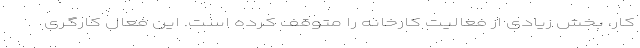
کار، بخش زیادی از فعالیت کارخانه را متوقف کرده است. این فعال کارگری